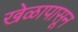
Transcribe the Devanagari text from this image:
खेळापासून